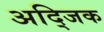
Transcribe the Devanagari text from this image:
अद्जिक